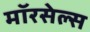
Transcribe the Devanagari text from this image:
मॉरसेल्स